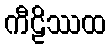
ကီဠိဿထ